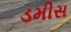
ડમીસ